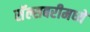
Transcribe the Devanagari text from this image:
सॅल्सबरीमध्ये